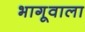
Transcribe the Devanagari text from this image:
भागूवाला